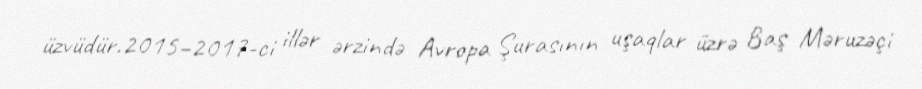
üzvüdür.2015–2017-ci illər ərzində Avropa Şurasının uşaqlar üzrə Baş Məruzəçi